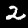
Digit: 2